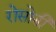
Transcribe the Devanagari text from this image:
रोसोनी